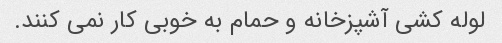
لوله کشی آشپزخانه و حمام به خوبی کار نمی کنند.